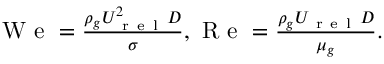
\begin{array} { r } { \mathrm { ~ W ~ e ~ } = \frac { \rho _ { g } U _ { \mathrm { ~ r ~ e ~ l ~ } } ^ { 2 } D } { \sigma } , \mathrm { ~ R ~ e ~ } = \frac { \rho _ { g } U _ { \mathrm { ~ r ~ e ~ l ~ } } D } { \mu _ { g } } . } \end{array}